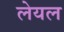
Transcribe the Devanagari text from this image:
लेयल